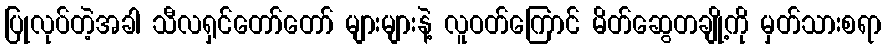
ပြုလုပ်တဲ့အခါ သီလရှင်တော်တော် များများနဲ့ လူဝတ်ကြောင် မိတ်ဆွေတချို့ကို မှတ်သားစရာ